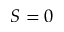
S = 0